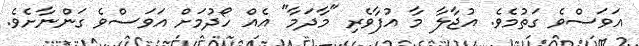
އަވަސްވެ ގަތުމެވެ. އުޖާލާ މާ އުފާވެރި "މާދަމާ" އެއް ހޯދުމަށް އަވަސްވެ ގަންނާށެވެ.